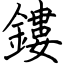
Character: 鏤